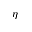
\eta